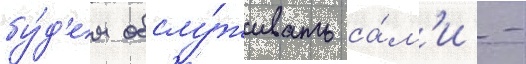
бу́д'ем обслу́живать са́м'и -